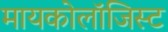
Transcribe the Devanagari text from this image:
मायकोलॉजिस्ट